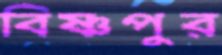
বিষ্ণপুর